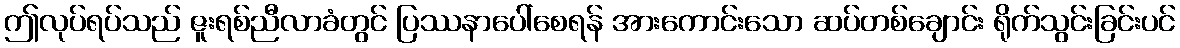
ဤလုပ်ရပ်သည် ဇူးရစ်ညီလာခံတွင် ပြဿနာပေါ်စေရန် အားကောင်းသော ဆပ်တစ်ချောင်း ရိုက်သွင်းခြင်းပင်